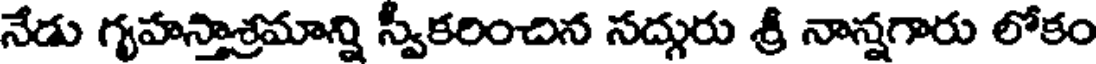
నేడు గృహస్తాశ్రమాన్ని స్వీకరించిన సద్గురు శ్రీ నాన్నగారు లోకం